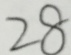
2 8